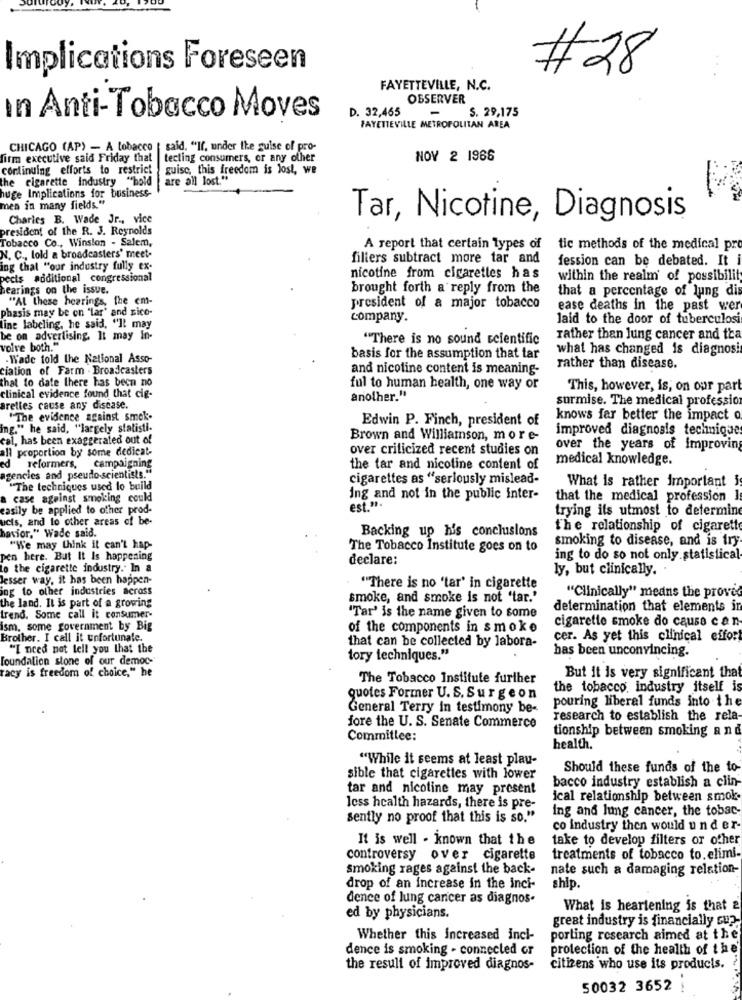
Implications Foreseen
#28
..
FAYETTEVILLE, N.C.
OBSERVER
D. 32,465
-
S. 29,175
In Anti-Tobacco Moves
FAYETTEVILLE METROPOLITAN AREA
CHICAGO (AP) - A tobacco | said. "If, under the guise of pro-
firm executive said Friday that
tecting consumers, or any other
NOV 2 1966
continuing efforts to restrict
guise, this freedom is lost, we
the cigarette industry "hold
are all lost."
huge Implications for business-
men in many fields."
Charles B. Wade Jr ., vice
Tar, Nicotine, Diagnosis
president of the R. J. Reynolds
Tobacco Co ., Winston - Salem,
A report that certain Types of
tic methods of the medical pr
N. C ., lold a broadcasters' meet-
filters subtract more tar and
fession can be debated. It
ing that "our industry fully ex-
pects additional congressional
nicotine from cigarettes has
within the realm of possibility
hearings on the issue.
brought forth a reply from the
that a percentage of lung dis
"Al these hearings, the em-
president of a major tobacco
ease deaths in the past wer
phasis may be on "lar' and rico-
company.
laid to the door of tuberculosi
line labeling, he said, "It may
be on advertising. It may In-
"There is no sound scientific
rather than lung cancer and tra
volve both."
what has changed is diagnosi
- Wade told the National Asso-
basis for the assumption that tar
ciation of Farm . Broadcasters
and nicotine content is meaning-
rather than disease.
that to date there has beca no
ful to human health, one way or
This, however, is, on our part
clinical evidence found that cig-
another."
surmise. The medical profession
Brettes cause any discase.
"The evidence against smok-
Edwin P. Finch, president of
knows far better the impact o
ing." he said, "largely statisti-
improved diagnosis techniques
cal, has been exaggerated out of
Brown and Williamson, more-
Il proportion by some dedicat-
over criticized recent studies on
over the years of Improving
medical knowledge.
ed
reformers, campaigning
the tar and nicotine content of
agencies and pseudo-scientists."
cigarettes as "seriously mislead-
What is rather important i
"The techniques used to build
case against smoking could
ing and not in the public inter-
that the medical profession I
easily be applied to other prod-
est.".
trying ils utmost to determine
ucts, and to other areas of be-
havior." Wade said.
Backing up his conclusions
the relationship of cigarett
smoking to disease, and is try
"We may think it can't hap-
The Tobacco Institute goes on to
pen here. But It Is happening
declare:
ing to do so not only statistical
to the cigarette industry. In a
ly, but clinically.
lesser way, it has been happen-
ing to other industries across
""There is no 'tar' in cigarette
"Clinically" means the proved
the land. It is part of a growing
smoke, and smoke is not 'tar.'
determination that elements in
Lrend. Some call it consumer-
"Tar' is the name given to some
cigarette smoke do cause can-
ism, some government by Big
of the components in smoke
Brother. I call it unfortunate.
cer. As yet this clinical effor!
"I need not tell you that the
that can be collected by labora-
has been unconvincing.
foundation stone of our democ-
tory techniques."
racy is freedom of choice," he
The Tobacco Institute further
But it is very significant that
the tobacco. industry itself is
quotes Former U. S. Surgeon
pouring liberal funds into the
General Terry in testimony be-
research to establish the rela
fore the U. S. Senate Commerce
tionship between smoking a n d
Committee:
health.
"While it seems at least plau-
Should these funds of the to-
sible that cigarettes with lower
bacco industry establish a clin-
tar and nicotine may present
ical relationship between smok
less health hazards, there is pre-
ing and lung cancer, the tobac
sently no proof that this is so."
co industry then would u n d er-
It is well - known that the
take to develop filters or other
controversy over cigarette
treatments of tobacco to. elimi-
smoking rages against the back-
nate such a damaging relation-
drop of an increase in the inci-
ship.
dence of lung cancer as diagnos-
What is heartening is that 2
ed by physicians.
great industry is financially sup-
Whether this increased inci-
porting research aimed at the
dence is smoking - connected or
protection of the health of the'
the result of improved diagnos-
citizens who use its products.
50032 3652